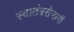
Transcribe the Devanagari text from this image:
स्वातंत्रसेनानी